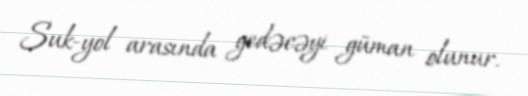
Suk-yol arasında gedəcəyi güman olunur.